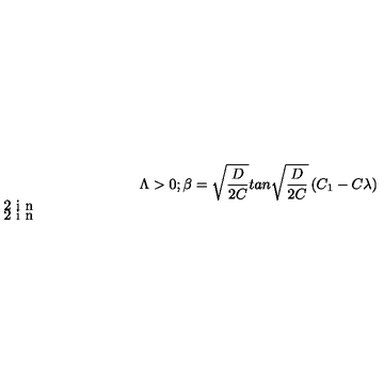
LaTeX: \Lambda > 0 \vspace { . 2 i n } ; \vspace { . 2 i n } \beta = \sqrt { \frac { D } { 2 C } } t a n \sqrt { \frac { D } { 2 C } } \left( C _ { 1 } - C \lambda \right)